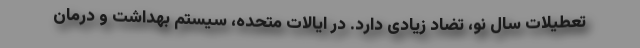
تعطیلات سال نو، تضاد زیادی دارد. در ایالات متحده، سیستم بهداشت و درمان